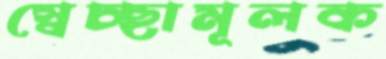
স্বেচ্ছামূলক